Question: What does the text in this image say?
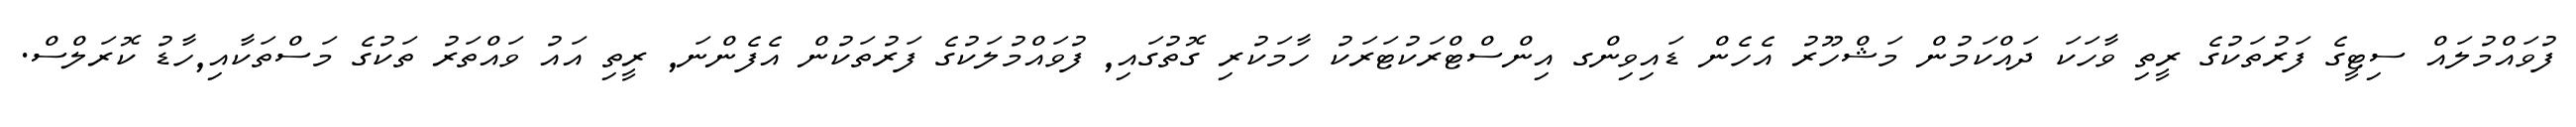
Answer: ފުވައްމުލައް ސިޓީގެ ފަރުތަކުގެ ރީތި ވާހަކަ ދައްކަމުން މަޝްހޫރު އެހެން ޑައިވިންގ އިންސްޓްރަކުޓަރަކު ހާމަކުރި ގޮތުގައި, ފުވައްމުލަކުގެ ފަރުތަކުން އެފެންނަ, ރީތި އައު ވައްތަރު ތަކުގެ މަސްތަކާއި,ހާޑު ކޮރަލްސް.